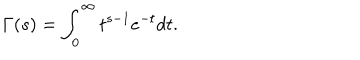
\Gamma ( s ) = \int _ { 0 } ^ { \infty } t ^ { s - 1 } e ^ { - t } d t .